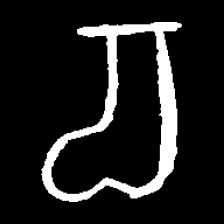
Pyu character \u2014 Myanmar letter: စ (romanized: ca)